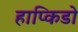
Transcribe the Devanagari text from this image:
हाप्किडो